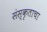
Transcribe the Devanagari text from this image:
संस्कृताचा